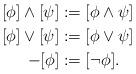
LaTeX: \begin{align*} [\phi]\wedge[\psi] & := [\phi\wedge\psi]\\ [\phi]\vee[\psi] & := [\phi\vee\psi]\\-[\phi] & := [\neg\phi].\end{align*}